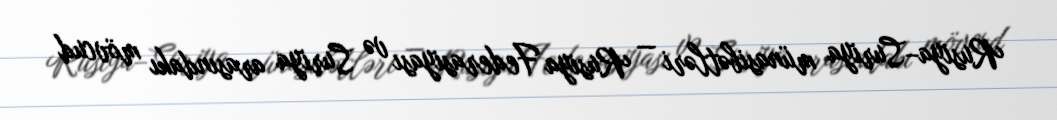
Rusiya–Suriya münasibətləri — Rusiya Federasiyası və Suriya arasındakı mövcud